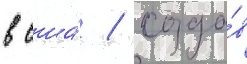
в сша́ / созда́в